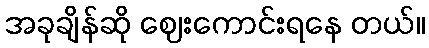
အခုချိန်ဆို ဈေးကောင်းရနေ တယ်။